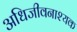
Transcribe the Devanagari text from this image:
अधिजीवनाश्यक